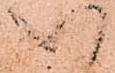
以